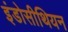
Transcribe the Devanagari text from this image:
इंडोसीथियन